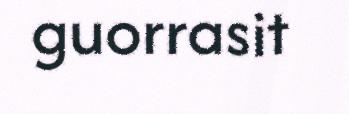
guorrasit